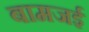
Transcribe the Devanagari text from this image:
बामजई